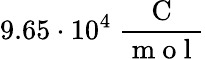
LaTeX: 9.65\cdot 10^{4}\ \frac{\mathrm{~C~}}{\mathrm{~m~o~l~}}